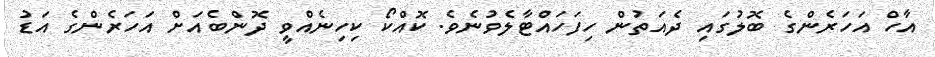
އާހް އަހަރެންގެ ބޮލުގައި ދެއަތުން ހިފަހައްޓާލެވުނެވެ. ކޮއްކޯ ކިހިނެއްވީ ދޮންބެއަށް އަހަރެންގެ އަޑު